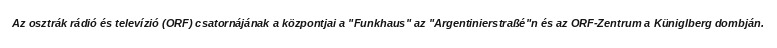
Az osztrák rádió és televízió (ORF) csatornájának a központjai a "Funkhaus" az "Argentinierstraßé"n és az ORF-Zentrum a Küniglberg dombján.